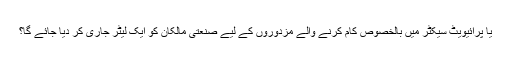
یا پرائیویٹ سیکٹر میں بالخصوص کام کرنے والے مزدوروں کے لیے صنعتی مالکان کو ایک لیٹر جاری کر دیا جائے گا؟